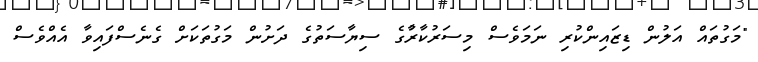
"މަގުތައް އަލުން ޑިޒައިންކުރި ނަމަވެސް މިސަރުކާރާުގެ ސިޔާސަތުގެ ދަށުން މަގުތަކަށް ގެނެސްފައިވާ އެއްވެސް